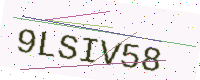
Text: 9LSIV58